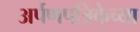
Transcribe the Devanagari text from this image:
अर्पणपत्रिकेच्या